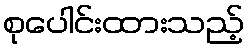
စုပေါင်းထားသည့်